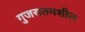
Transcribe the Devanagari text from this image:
गुजरातमशील